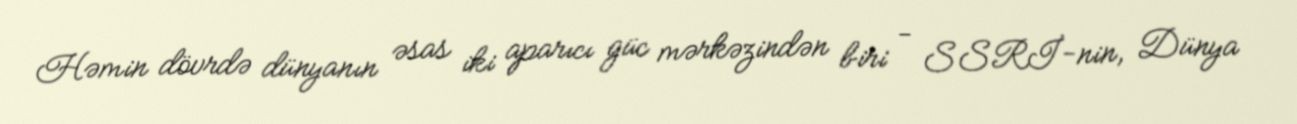
Həmin dövrdə dünyanın əsas iki aparıcı güc mərkəzindən biri - SSRİ-nin, Dünya